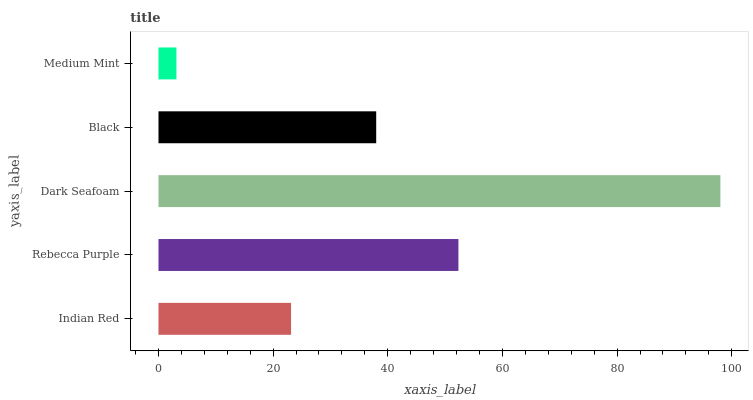
| yaxis_label | bars |
 | --- | --- |
 | Indian Red | 23.1 |
 | Rebecca Purple | 52.3 |
 | Dark Seafoam | 98 |
 | Black | 38 |
 | Medium Mint | 3.13 |